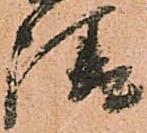
請